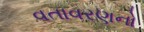
વતાવરણનો